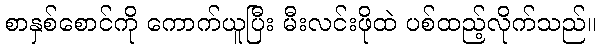
စာနှစ်စောင်ကို ကောက်ယူပြီး မီးလင်းဖိုထဲ ပစ်ထည့်လိုက်သည်။